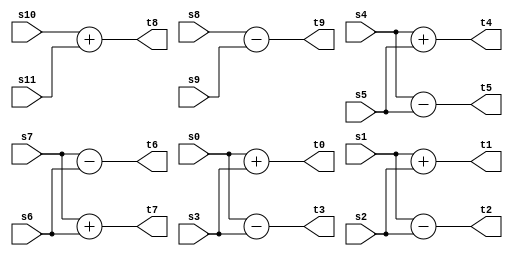
module idct_add1(
    input [31:0] s0, s1, s2, s3, s4, s5, s6, s7, s8, s9, s10, s11,
    output [31:0] t0, t1, t2, t3, t4, t5, t6, t7, t8, t9
    );
    
        assign t0 = s0 + s3;
        assign t3 = s0 - s3;
        assign t1 = s1 + s2;
        assign t2 = s1 - s2;
        assign t4 = s4 + s5;
        assign t5 = s4 - s5;
        assign t7 = s7 + s6;
        assign t6 = s7 - s6;
        
        assign t9 = s8 - s9;
        assign t8 = s10 + s11;
        
        
endmodule